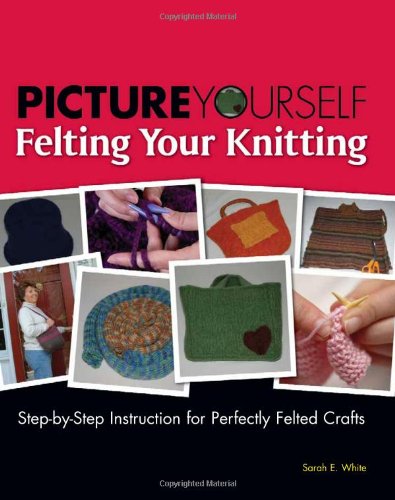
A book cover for Picture Yourself Felting Your Knitting; Sarah E. White; Crafts, Hobbies & Home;